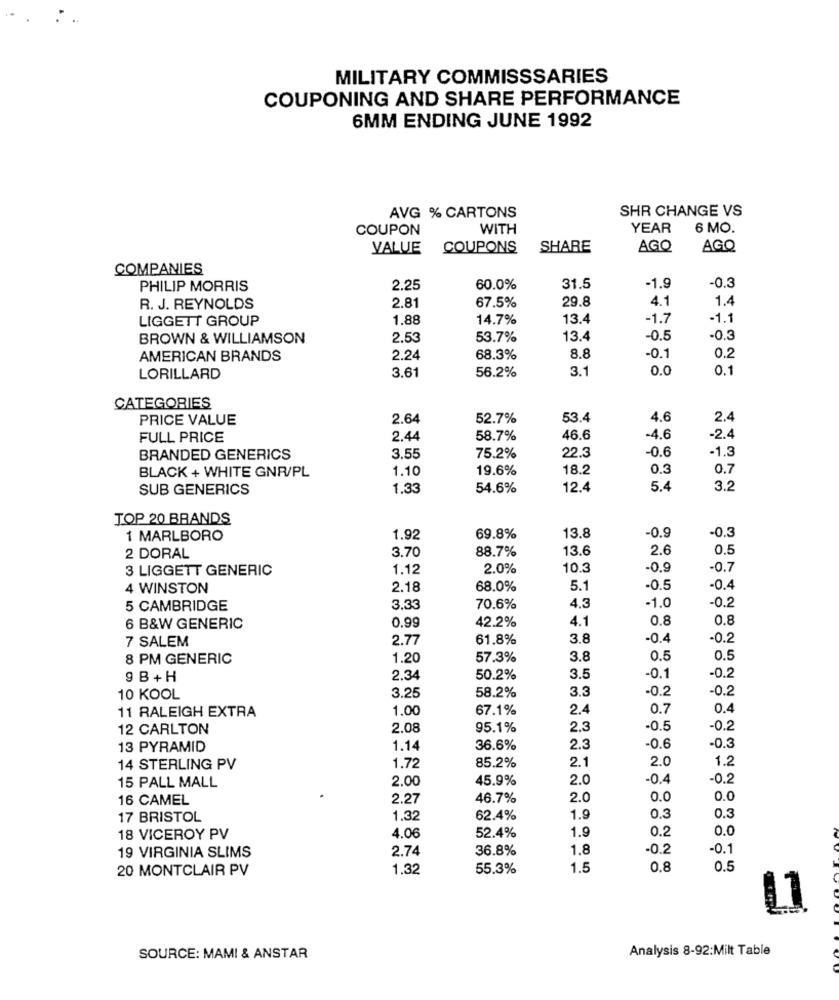
MILITARY COMMISSSARIES
COUPONING AND SHARE PERFORMANCE
6MM ENDING JUNE 1992
AVG % CARTONS
SHR CHANGE VS
COUPON
WITH
YEAR
6 MO.
VALUE
COUPONS
SHARE
AGO
AGO
COMPANIES
PHILIP MORRIS
2.25
60.0%
31.5
-1.9
-0.3
2.81
67.5%
29.8
4.1
1.4
R. J. REYNOLDS
LIGGETT GROUP
1.88
14.7%
13.4
-1.7
-1.1
BROWN & WILLIAMSON
2.53
53.7%
13.4
0.5
-0.3
AMERICAN BRANDS
2.24
68.3%
8.8
0.1
0.2
3.61
56.2%
3.1
0.0
0.1
LORILLARD
CATEGORIES
PRICE VALUE
2.64
52.7%
53.4
4.6
2.4
FULL PRICE
2.44
58.7%
46.6
4.6
-2.4
22.3
-0.6
BRANDED GENERICS
3.55
75.2%
-1.3
BLACK + WHITE GNR/PL
1.10
19.6%
18.2
0.3
0.7
SUB GENERICS
1.33
54.6%
12.4
5.4
3.2
TOP 20 BRANDS
1 MARLBORO
1.92
69.8%
13.8
-0.9
-0.3
2 DORAL
3.70
88.7%
13.6
2.6
0.5
3 LIGGETT GENERIC
1.12
2.0%
10.3
-0.9
-0.7
4 WINSTON
2.18
68.0%
5.1
-0.5
-0.4
5 CAMBRIDGE
3.33
70.6%
4.3
-1.0
-0.2
0.99
42.2%
4.1
0.8
0.8
6 B&W GENERIC
7 SALEM
2.77
61.8%
3.8
-0.4
-0.2
8 PM GENERIC
1.20
57.3%
3.8
0.5
0.5
9 B + H
2.3
50.2%
3.5
-0.1
-0.2
3.3
-0.2
-0.2
10 KOOL
3.25
58.2%
1.00
67.1%
2.4
0.7
0.4
11 RALEIGH EXTRA
12 CARLTON
2.08
95.1%
2.3
-0.5
-0.2
13 PYRAMID
1.14
36.6%
2.3
-0.6
-0.3
2.0
1.2
14 STERLING PV
1.72
85.2%
2.1
2.00
45.9%
2.0
-0.4
-0.2
15 PALL MALL
16 CAMEL
2.27
46.7%
2.0
0.0
0.0
17 BRISTOL
1.32
62.4%
1.9
0.3
0.3
1.9
0.2
18 VICEROY PV
4.06
52.4%
0.0
2.74
36.8%
1.8
-0.2
-0.1
19 VIRGINIA SLIMS
20 MONTCLAIR PV
1.32
55.3%
1,5
0.8
0.5
11
Analysis 8-92:Milt Table
SOURCE: MAMI & ANSTAR